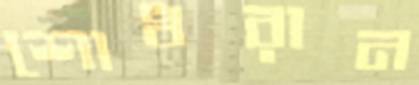
শোধরান